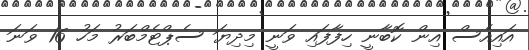
އައިއެސް އިން ކޮބާނީ ހިފާފައި ވަނީ މިދިޔަ ސެޕްޓެމްބަރު މަހު 16 ވަނަ